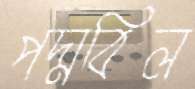
পদ্মবিল